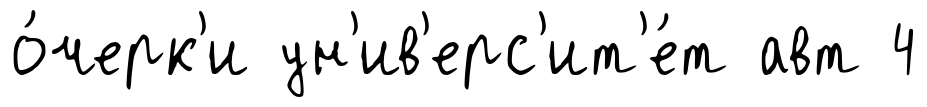
о́черк'и ун'ив'ерс'ит'е́т авт 4